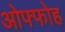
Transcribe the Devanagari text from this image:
ओफ्फोह